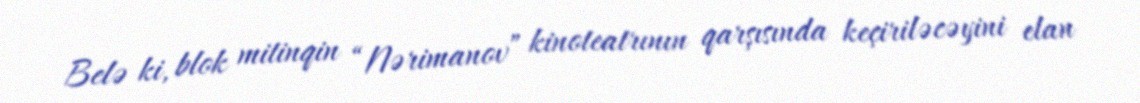
Belə ki, blok mitinqin “Nərimanov” kinoteatrının qarşısında keçiriləcəyini elan